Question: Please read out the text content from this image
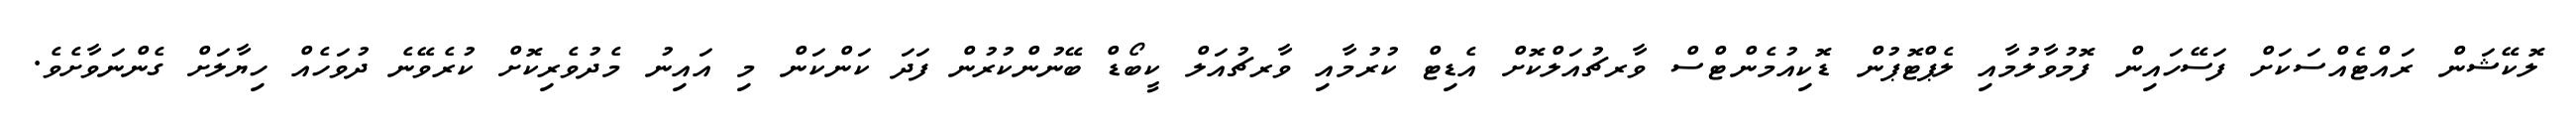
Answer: ލޮކޭޝަން ރައްޓެއްސަކަށް ފަސޭހައިން ފޮމުވާލުމާއި ލެޕްޓޮޕުން ޑޮކިއުމެންޓްސް ވާރޗުއަލްކޮށް އެޑިޓް ކުރުމާއި ވާރޗުއަލް ކީބޯޑް ބޭނުންކުރުން ފަދަ ކަންކަން މި އައިނު މެދުވެރިކޮށް ކުރެވޭނެ ދުވަހެއް ހިޔާލަށް ގެންނަވާށެވެ.